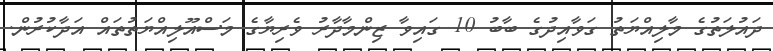
ދައުލަތުގެ މާލިއްޔަތު ގަވާއިދުގެ ބާބު 10 ގައިވާ ޒިންމާދާރު ވެރިޔާގެ މަސްއޫލިއްޔަތުތައް އަދާކުރުން.